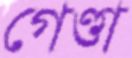
গেণ্ডা